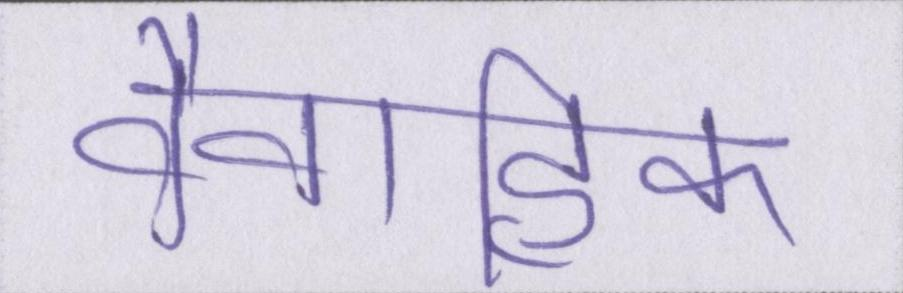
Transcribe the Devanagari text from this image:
वैवाहिक